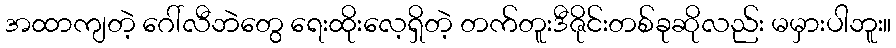
အထာကျတဲ့ ဂေါ်လီဘဲတွေ ရေးထိုးလေ့ရှိတဲ့ တက်တူးဒီဇိုင်းတစ်ခုဆိုလည်း မမှားပါဘူး။